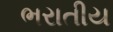
ભરાતીય